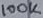
Text: 100K